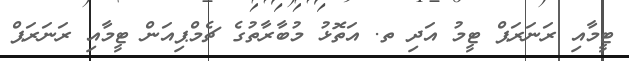
ޓީމާއި ރަނަރަޕް ޓީމު އަދި ތ. އަތޮޅު މުބާރާތުގެ ޗެމްޕިއަން ޓީމާއި ރަނަރަޕް